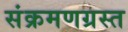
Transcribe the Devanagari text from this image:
संक्रमणग्रस्त